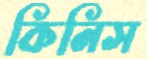
কিনিস